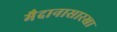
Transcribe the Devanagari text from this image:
मैदानासारखा